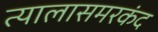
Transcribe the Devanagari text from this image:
त्यालासमरकंद